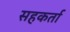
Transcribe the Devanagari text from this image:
सहकर्ता